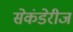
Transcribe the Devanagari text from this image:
सेकंडेरीज